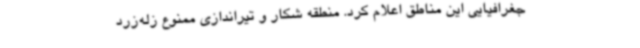
جغرافیایی این مناطق اعلام کرد. منطقه شکار و تیراندازی ممنوع زله‌زرد